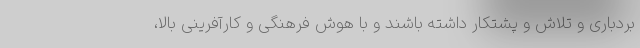
بردباری و تلاش و پشتکار داشته باشند و با هوش فرهنگی و کارآفرینی بالا،